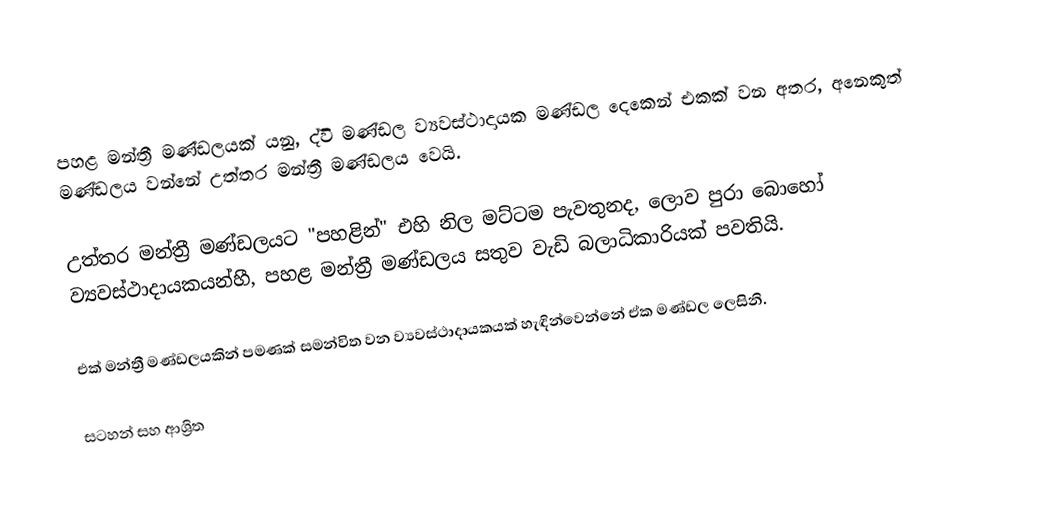
පහළ මන්ත්‍රී මණ්ඩලයක් යනු,  ද්වි මණ්ඩල ව්‍යවස්ථාදායක මණ්ඩල දෙකෙන් එකක් වන අතර, අනෙකුත් මණ්ඩලය වන්නේ උත්තර මන්ත්‍රී මණ්ඩලය වෙයි.

උත්තර මන්ත්‍රී මණ්ඩලයට  "පහළින්" එහි නිල මට්ටම පැවතුනද, ලොව පුරා බොහෝ ව්‍යවස්ථාදායකයන්හී, පහළ මන්ත්‍රී මණ්ඩලය සතුව වැඩි බලාධිකාරියක් පවතියි.

එක් මන්ත්‍රී මණ්ඩලයකින් පමණක් සමන්විත වන ව්‍යවස්ථාදායකයක් හැඳින්වෙන්නේ ඒක මණ්ඩල ලෙසිනි.

සටහන් සහ ආශ්‍රිත